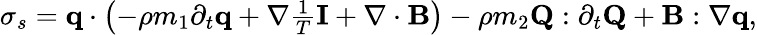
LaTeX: \begin{array}{r}{\sigma_{s}=\mathbf q\cdot\left(-\rho m_{1}\partial_{t}\mathbf q+\nabla\frac{1}{T}\mathbf I+\nabla\cdot\mathbf B\right)-\rho m_{2}\mathbf Q:\partial_{t}\mathbf Q+\mathbf B:\nabla\mathbf q,}\end{array}